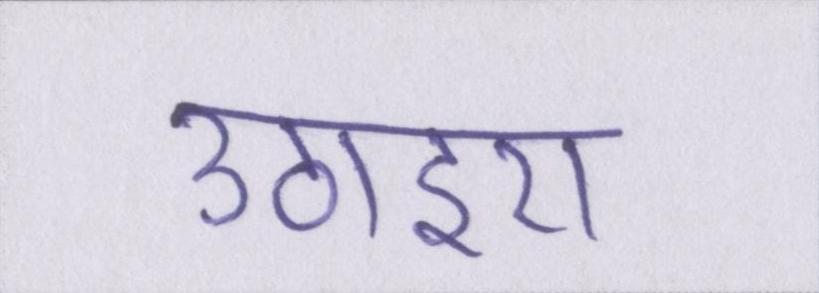
उठाइए